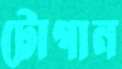
টোগান